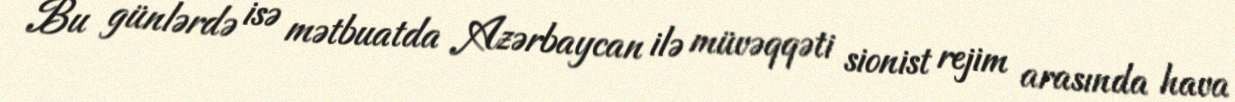
Bu günlərdə isə mətbuatda Azərbaycan ilə müvəqqəti sionist rejim arasında hava